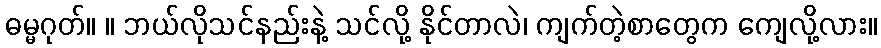
ဓမ္မဂုတ်။ ။ ဘယ်လိုသင်နည်းနဲ့ သင်လို့ နိုင်တာလဲ၊ ကျက်တဲ့စာတွေက ကျေလို့လား။